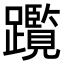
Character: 𨇣